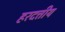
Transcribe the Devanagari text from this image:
हरदत्तीय